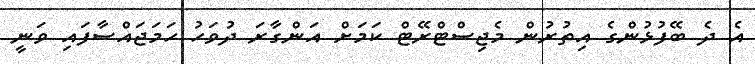
އެ ދެ ބޭފުޅުންގެ އިތުރުން މެޖިސްޓްރޭޓް ކަމަށް އަންގާރަ ދުވަހު ހަމަޖައްސާފައި ވަނީ